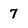
Character: 7